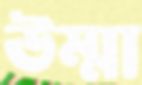
উম্মা